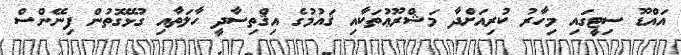
އައްޑޫ ސިޓީގައި މިހާރު ކުރިއަށްދާ މަޝްރޫޢުތަކާއި ޤައުމުގެ އިޤްތިސާދީ ހާލަތާއި ގުޅޭގޮތުން ފިނޭންސް